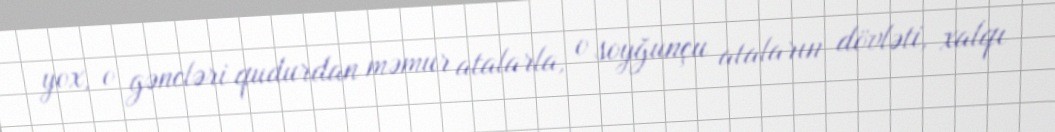
yox, o gəncləri qudurdan məmur atalarla, o soyğunçu ataların dövləti, xalqı